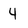
Character: 4